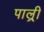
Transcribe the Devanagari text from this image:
पाल्र्री